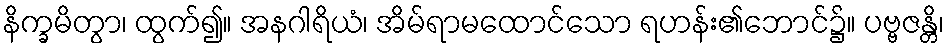
နိက္ခမိတွာ၊ ထွက်၍။ အနဂါရိယံ၊ အိမ်ရာမထောင်သော ရဟန်း၏ဘောင်၌။ ပဗ္ဗဇန္တိ၊